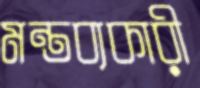
মন্তব্যকারী